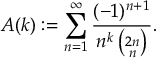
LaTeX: A ( k ) : = \sum _ { n = 1 } ^ { \infty } \frac { ( - 1 ) ^ { n + 1 } } { n ^ { k } \, { \binom { 2 n } { n } } } .